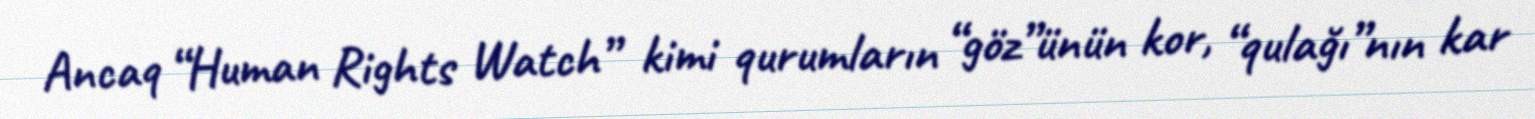
Ancaq “Human Rights Watch” kimi qurumların “göz”ünün kor, “qulağı”nın kar